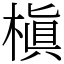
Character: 槇